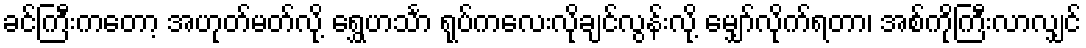
ခင်ကြီးကတော့ အဟုတ်မတ်လို့ ရွှေဟင်္သာ ရုပ်ကလေးလိုချင်လွန်းလို့ မျှော်လိုက်ရတာ၊ အစ်ကိုကြီးလာလျှင်